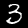
Digit: 3